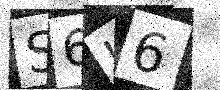
Text: S6L6